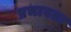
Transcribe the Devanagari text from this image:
प्रभावता